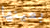
بعينها